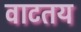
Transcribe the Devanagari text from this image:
वाटतय